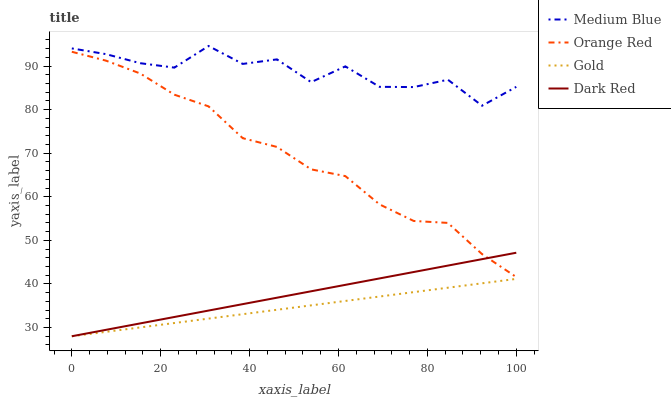
| xaxis_label | Medium Blue | Orange Red | Gold | Dark Red |
 | --- | --- | --- | --- | --- |
 | 0 | 94.1 | 93.3 | 28 | 28 |
 | 7.69 | 92.7 | 91.2 | 29 | 29.5 |
 | 15.4 | 90.7 | 88.3 | 30 | 30.9 |
 | 23.1 | 89.6 | 83.4 | 31 | 32.4 |
 | 30.8 | 94.6 | 80.8 | 32.1 | 33.9 |
 | 38.5 | 90.5 | 73.5 | 33.1 | 35.4 |
 | 46.2 | 91.5 | 71.4 | 34.1 | 36.8 |
 | 53.8 | 86.3 | 66.3 | 35.1 | 38.3 |
 | 61.5 | 89.9 | 64.8 | 36.1 | 39.8 |
 | 69.2 | 85.2 | 58.3 | 37.1 | 41.3 |
 | 76.9 | 85.2 | 54.5 | 38.1 | 42.7 |
 | 84.6 | 86.9 | 54 | 39.1 | 44.2 |
 | 92.3 | 80.9 | 46.8 | 40.2 | 45.7 |
 | 100 | 85.2 | 41.6 | 41.2 | 47.2 |